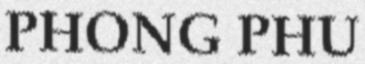
PHONG PHÚ